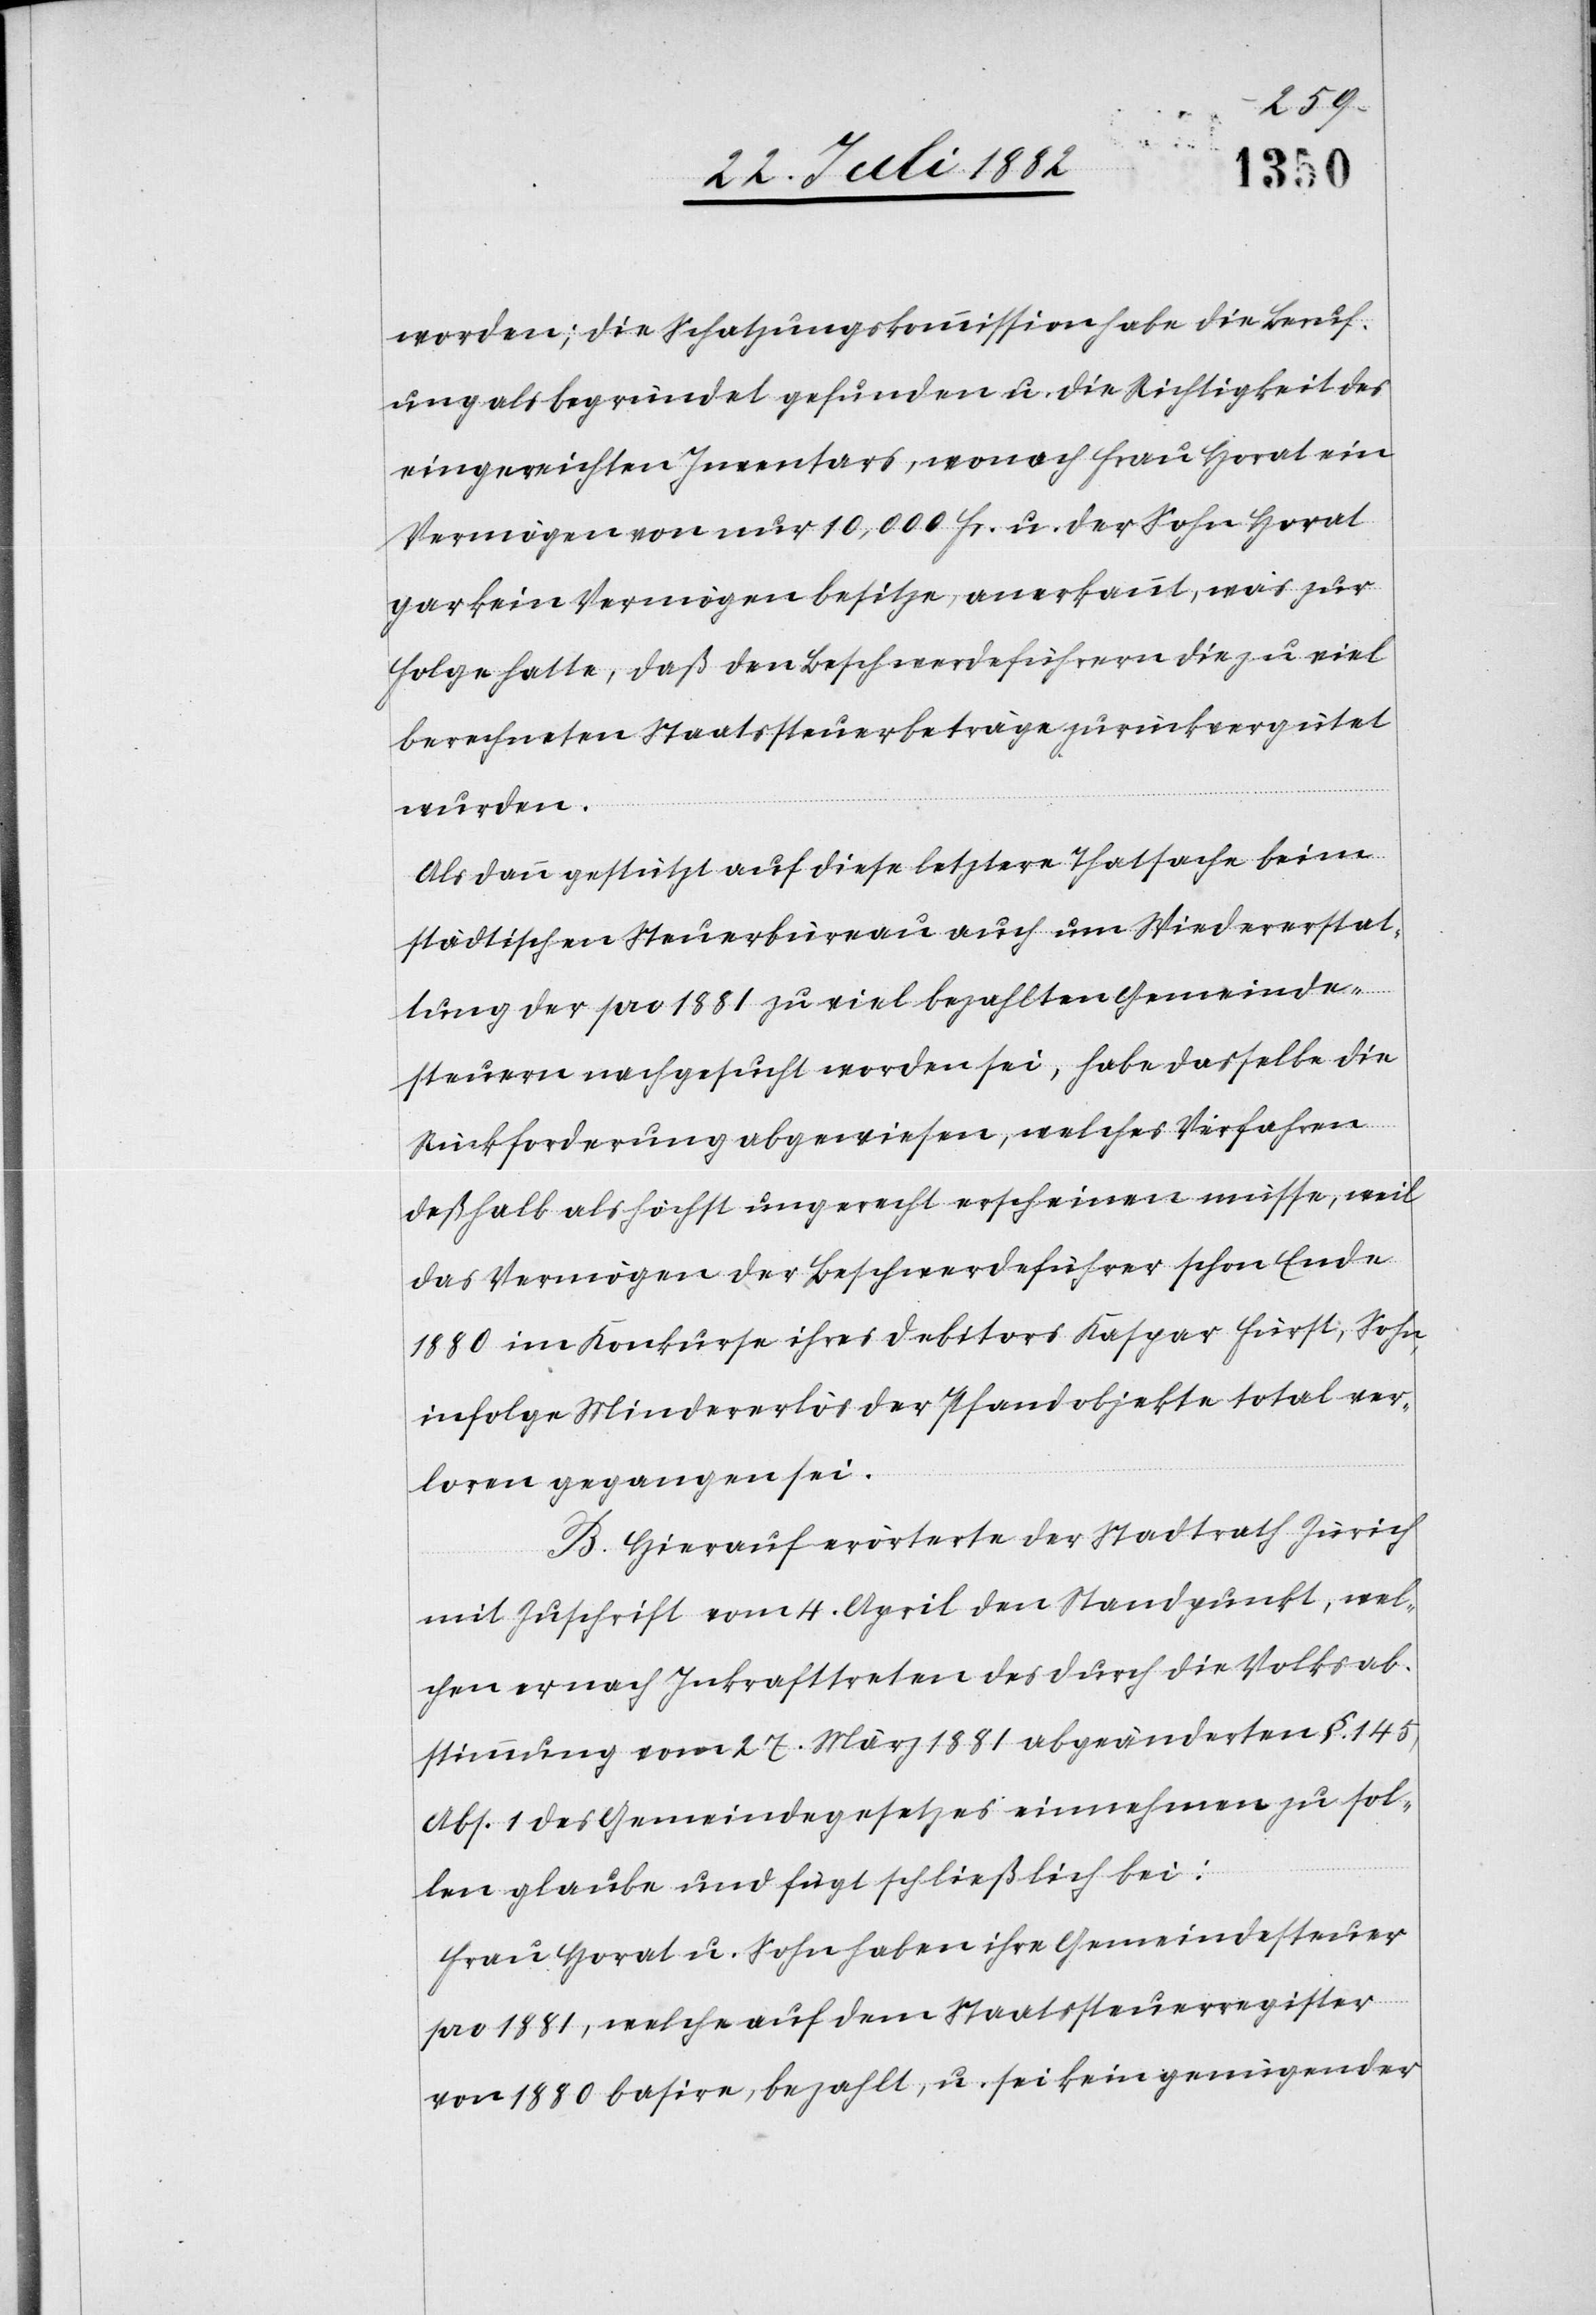
worden; die Schatzungskommission habe die Beruf¬
ung als begründet gefunden u. die Richtigkeit des
eingereichten Inventars, wonach Frau Horat ein
Vermögen von nur 10,000 Fr. u. der Sohn Horat
gar kein Vermögen besitze, anerkannt, was zur
Folge hatte, daß den Beschwerdeführern die zu viel
berechneten Staatssteuerbeträge zurückvergütet
wurden.
Als dann gestützt auf diese letztere Thatsache beim
städtischen Steuerbureau auch um Wiedererstat¬
tung der pro 1881 zu viel bezahlten Gemeinde¬
steuern nachgesucht worden sei, habe dasselbe die
Rückforderung abgewiesen, welches Verfahren
deßhalb als höchst ungerecht erscheinen müsse, weil
das Vermögen der Beschwerdeführer schon Ende
1880 im Konkurse ihres Debitors Kaspar Fürst, Sohn,
infolge Mindererlös der Pfandobjekte total ver¬
loren gegangen sei.
B. Hierauf erörterte der Stadtrath Zürich
mit Zuschrift vom 4. April den Standpunkt, wel¬
chen er nach Inkrafttreten des durch die Volksab¬
stimmung vom 27. März 1881 abgeänderten §. 145,
Abs. 1 des Gemeindegesetzes einnehmen zu sol¬
len glaube und fügt schließlich bei:
Frau Horat u. Sohn haben ihre Gemeindesteuer
pro 1881, welche auf dem Staatssteuerregister
von 1880 basire, bezahlt, u. sei kein genügender